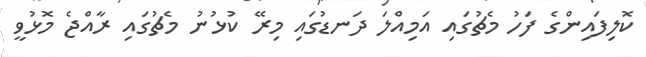
ކޮލިފައިންގެ ފަހު މެޗުގައި އަމިއްލަ ދަނޑުގައި މިރޭ ކުޅުނު މެޗުގައި ރާއްޖެ މޮޅުވީ